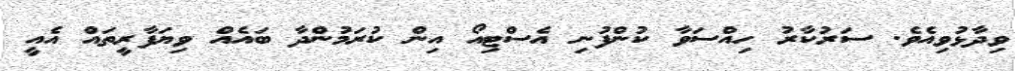
ވިދާޅުވިއެވެ. ސަރުކާރު ހިއްސަވާ ކުންފުނި އެސްޓިއޯ އިން ކުރަމުންދާ ބައެއް ވިޔަފާރީތައް އެއީ